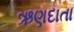
ઋણદાતા